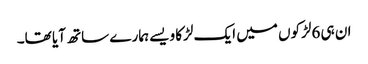
ان ہی 6لڑکوں میں ایک لڑکا ویسے ہمارے ساتھ آیا تھا۔